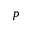
P